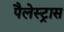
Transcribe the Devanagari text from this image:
पैलेस्ट्रास